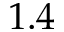
1 . 4